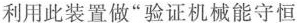
利用此装置做”验证机械能守恒